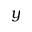
y